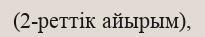
(2-реттік айырым),